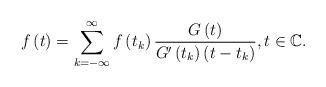
LaTeX: \begin{align*}f\left( t\right) =\sum\limits_{k=-\infty }^{\infty }f\left( t_{k}\right) \frac{G\left( t\right) }{G^{\prime }\left( t_{k}\right) \left(t-t_{k}\right) },t\in \mathbb{C}. \end{align*}